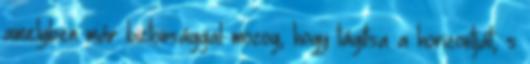
amelyben már biztonsággal mozog, hogy tágítsa a horizontját, s